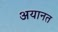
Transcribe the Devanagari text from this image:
अयानत